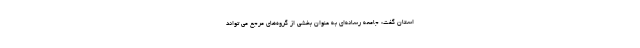
استان گفت: جامعه رسانه‌ای به عنوان بخشی از گروه‌های مرجع می تواند